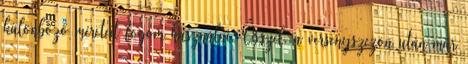
különböző méreteit fogom használni. Ősszel, a versenyszezon után már